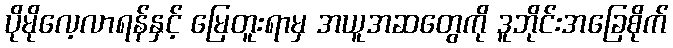
ပိုမိုလေ့လာရန်နှင့် မြေတူးရာမှ အယူအဆတွေကို ဒူဘိုင်းအခြေစိုက်